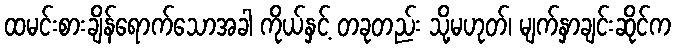
ထမင်းစားချိန်ရောက်သောအခါ ကိုယ်နှင့် တခုတည်း သို့မဟုတ်၊ မျက်နှာချင်းဆိုင်က